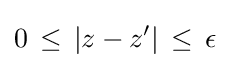
0\,\leq \,|z-z'|\,\leq \,\epsilon